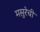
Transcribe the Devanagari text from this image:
मसुरेची